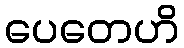
ပေတေဟိ